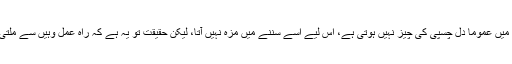
تاریخ میں عموماً دل چسپی کی چیز نہیں ہوتی ہے، اس لیے اسے سننے میں مزہ نہیں آتا، لیکن حقیقت تو یہ ہے کہ راہ عمل وہیں سے ملتی ہے ۔